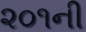
૨૦૧ની